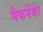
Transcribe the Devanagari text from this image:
मैकनेयर